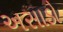
અસાડો